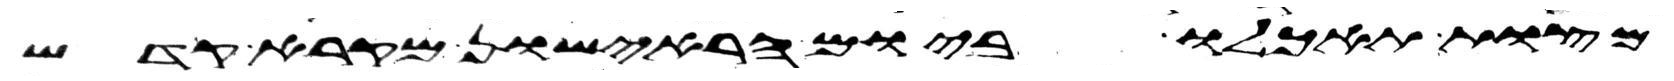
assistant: מצות תאכלו ביום הראישון מקרא קדש